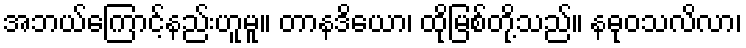
အဘယ်ကြောင့်နည်းဟူမူ။ တာနဒိယော၊ ထိုမြစ်တို့သည်။ နဓုဝသလိလာ၊